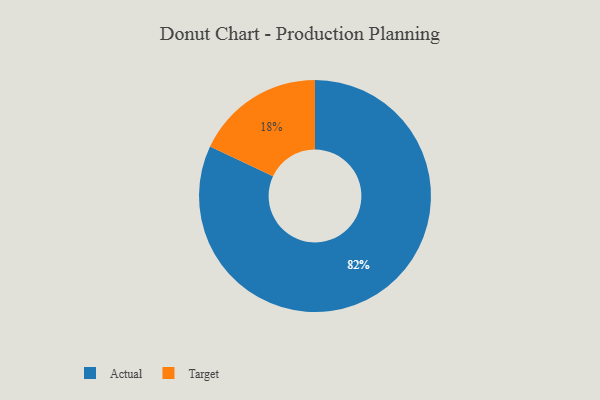
{"axis": {"x": "Category", "y": "Percentage"}, "legend": ["Actual", "Target"], "data": [{"x": "Actual", "y": 82, "type": "Actual"}, {"x": "Target", "y": 18, "type": "Target"}]}